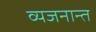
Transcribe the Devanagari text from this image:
व्यजनान्त